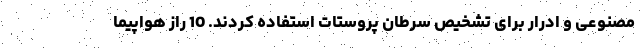
مصنوعی و ادرار برای تشخیص سرطان پروستات استفاده کردند. 10 راز هواپیما